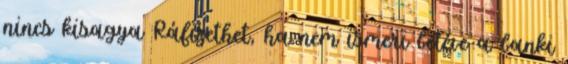
nincs kisagya Ráfizethet, ha nem ismeri betéve a banki